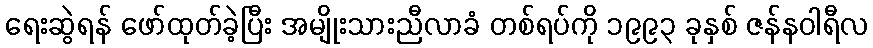
ရေးဆွဲရန် ဖော်ထုတ်ခဲ့ပြီး အမျိုးသားညီလာခံ တစ်ရပ်ကို ၁၉၉၃ ခုနှစ် ဇန်နဝါရီလ